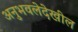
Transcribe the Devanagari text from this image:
अनुभवलेदेखील